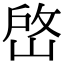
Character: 𡹘